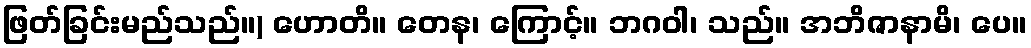
ဖြတ်ခြင်းမည်သည်။) ဟောတိ။ တေန၊ ကြောင့်။ ဘဂဝါ၊ သည်။ အဘိဇာနာမိ၊ ပေ။